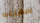
سفينه